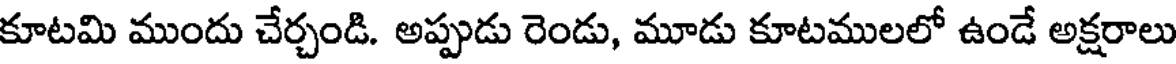
కూటమి ముందు చేర్చండి. అప్పుడు రెండు, మూడు కూటములలో ఉండే అక్షరాలు